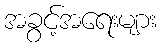
အခွင့်အရေးများ